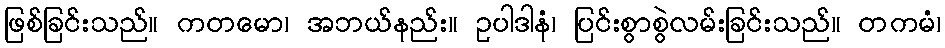
ဖြစ်ခြင်းသည်။ ကတမော၊ အဘယ်နည်း။ ဥပါဒါနံ၊ ပြင်းစွာစွဲလမ်းခြင်းသည်။ တကမံ၊